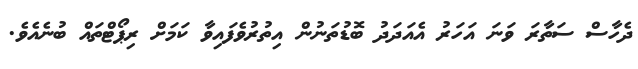
ދެހާސް ސަތާރަ ވަނަ އަހަރު އެއަދަދު ބޮޑުތަނުން އިތުރުވެފައިވާ ކަމަށް ރިޕޯޓްތައް ބުނެއެވެ.